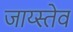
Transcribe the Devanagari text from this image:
जाय्स्तेव